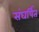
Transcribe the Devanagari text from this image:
संघर्षित